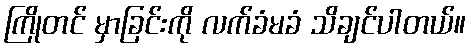
ကြိုတင် မှာခြင်းကို လက်ခံမခံ သိချင်ပါတယ်။